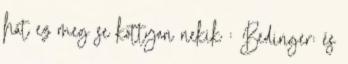
hát ez meg se kottyan nekik : Bedinger: és